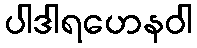
ပါဒါရဟေနဝါ